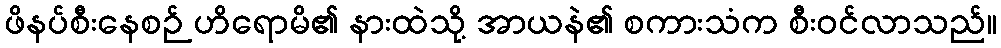
ဖိနပ်စီးနေစဉ် ဟိရောမိ၏ နားထဲသို့ အာယနဲ၏ စကားသံက စီးဝင်လာသည်။